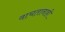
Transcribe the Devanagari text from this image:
वाचतानाही